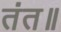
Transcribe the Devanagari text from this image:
तंत॥